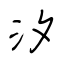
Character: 汐